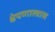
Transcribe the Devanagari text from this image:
क्षेपणास्त्रास